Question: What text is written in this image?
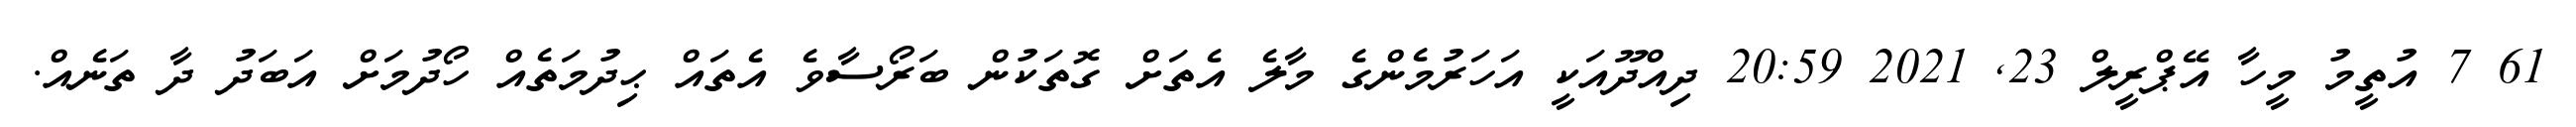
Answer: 61 7 އުތީމު މީހާ އޭޕްރީލް 23, 2021 20:59 ދިއްދޫއަކީ އަހަރުމެންގެ މާލެ އެތަށް ގޮތަކުން ބަރޯސާވެ އެތައް ޙިދުމަތެއް ހޯދުމަށް އަބަދު ދާ ތަނެއް.